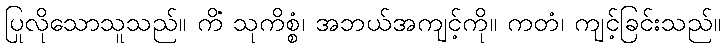
ပြုလိုသောသူသည်။ ကိံ သုကိစ္စံ၊ အဘယ်အကျင့်ကို။ ကတံ၊ ကျင့်ခြင်းသည်။